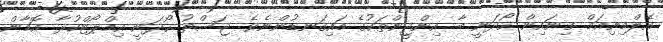
އެލްމިނިއަމް ގިނައިން ހޯދަނީ ބާ އިންޖީންތަކުގެ މައިގަނޑުންނެވެ. ޖަސްތު ހޯދަނީ އިމްޕޯޓްކުރާ އޮމާން